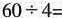
$$60\div4=$$